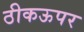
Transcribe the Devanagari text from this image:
ठीकऊपर